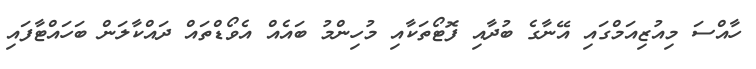
ހާއްސަ މިއުޒިއަމްގައި އޭނާގެ ބުދާއި ފޮޓޯތަކާއި މުހިންމު ބައެއް އެވޯޑްތައް ދައްކާލަން ބަހައްޓާފައި